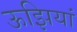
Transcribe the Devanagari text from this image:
ऊझियां